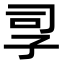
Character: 孠